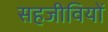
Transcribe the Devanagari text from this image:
सहजीवियों